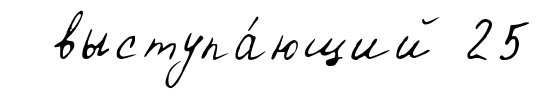
выступа́ющий 25